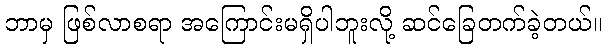
ဘာမှ ဖြစ်လာစရာ အကြောင်းမရှိပါဘူးလို့ ဆင်ခြေတက်ခဲ့တယ်။